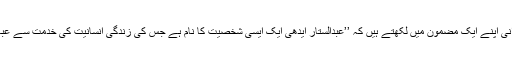
ڈاکٹر رہیس صمدانی اپنے ایک مضمون میں لکھتے ہیں کہ ’’عبدالستار ایدھی ایک ایسی شخصیت کا نام ہے جس کی زندگی انسانیت کی خدمت سے عبارت نظر آتی ہے۔